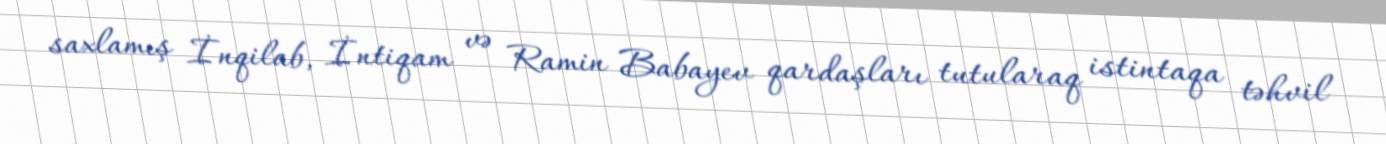
saxlamış İnqilab, İntiqam və Ramin Babayev qardaşları tutularaq istintaqa təhvil